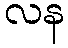
လန